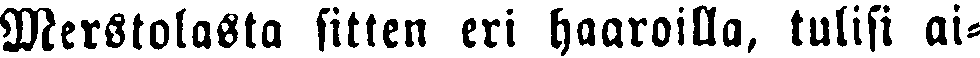
Merstolasta sitten eri haaroilla, tulisi ai-